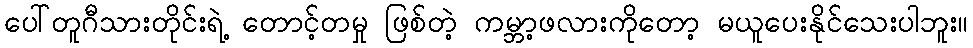
ပေါ်တူဂီသားတိုင်းရဲ့ တောင့်တမှု ဖြစ်တဲ့ ကမ္ဘာ့ဖလားကိုတော့ မယူပေးနိုင်သေးပါဘူး။